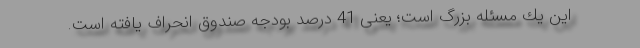
این یك مسئله بزرگ است؛ یعنی 41 درصد بودجه صندوق انحراف یافته است.